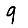
Digit: 9